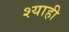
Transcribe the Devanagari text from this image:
श्याही